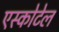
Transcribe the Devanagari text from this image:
एस्कोटेल